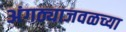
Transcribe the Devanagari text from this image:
अंगठ्याजवळच्या